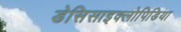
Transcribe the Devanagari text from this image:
डेसिसाइक्लोपिडिया